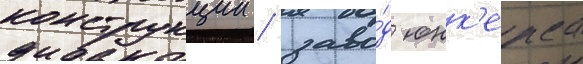
конструкции / заво́д юнк'ерса